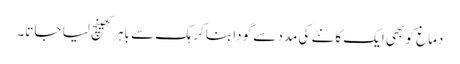
دماغ کو بھی ایک کانٹے کی مدد سے گودا بنا کر ہک سے باہر کھینچ لیا جاتا۔